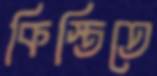
কিস্তিতে